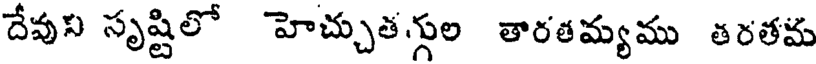
దేవుని సృష్టిలో హెచ్చుతగ్గుల తారతమ్యము తరతమ